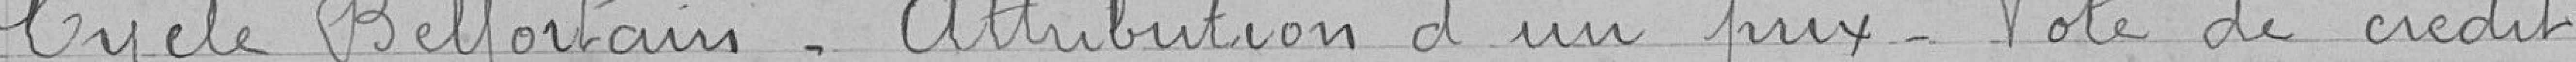
Cycle Belfortain_ Attribution d'un prix_ Vote de crédit